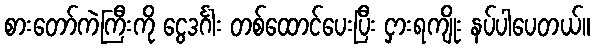
စားတော်ကဲကြီးကို ငွေဒင်္ဂါး တစ်ထောင်ပေးပြီး ငှားရကျိုး နပ်ပါပေတယ်။